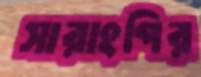
সারাংগির